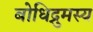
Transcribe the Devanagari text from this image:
बोधिद्रुमस्य